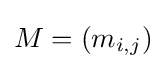
M=(m_{i,j})